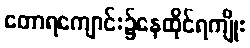
တောရကျောင်း၌နေထိုင်ရကျိုး